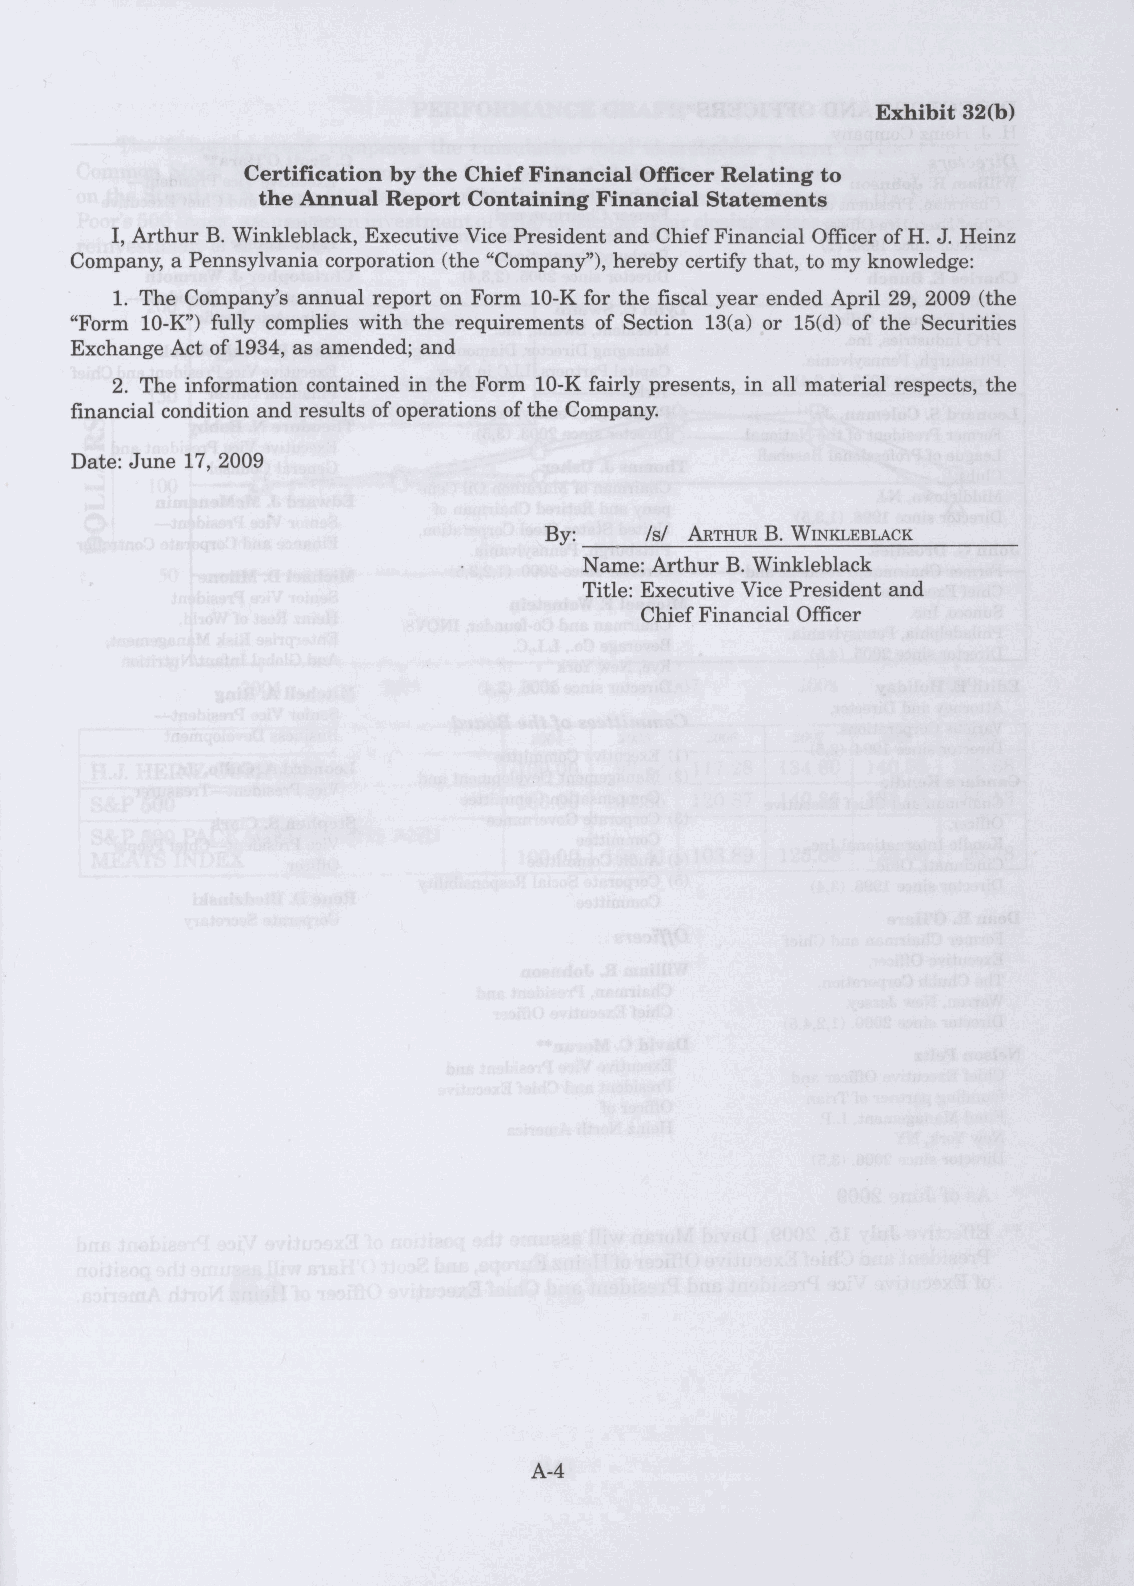
I, Arthur B. Winkleblack, Executive Vice President and Chief Financial Officer of H. J. Heinz
 Company, a Pennsylvania corporation (the "Company"), hereby certify that, to my knowledge:
 1. The Company's annual report on Form 10-K for the fiscal year ended April 29, 2009 (the
 "Form 10-K") fully complies with the requirements of Section 13(a) or 15(d) of the Securities
 Exchange Act of 1934, as amended; and
 2. The information contained in the Form 10-K fairly presents, in all material respects, the
 financial condition and results of operations of the Company.
 Date: June 17, 2009
 By:    /s/ ARTHUR B. WINKLEBLACK
 Name: Arthur B. Winkleblack
 Title: Executive Vice President and
 Chief Financial Officer